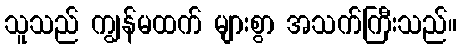
သူသည် ကျွန်မထက် များစွာ အသက်ကြီးသည်။